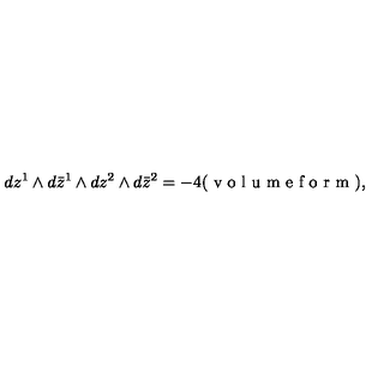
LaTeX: d z ^ { 1 } \wedge d \bar { z } ^ { 1 } \wedge d z ^ { 2 } \wedge d \bar { z } ^ { 2 } = - 4 ( \textrm { v o l u m e f o r m } ) ,